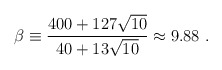
\begin{align*}\beta\equiv {{400+127\sqrt{10}}\over{40+13\sqrt{10}}}\approx 9.88~.\end{align*}